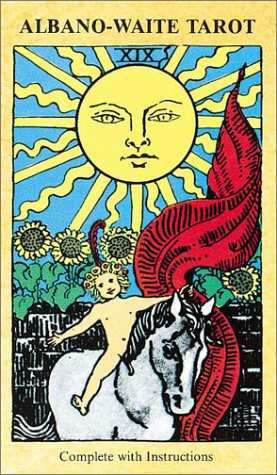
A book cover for Albano-Waite Tarot Deck; Frankie Albano; Humor & Entertainment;